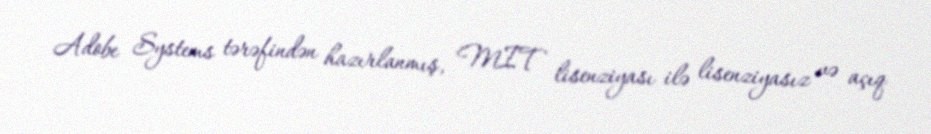
Adobe Systems tərəfindən hazırlanmış, MIT lisenziyası ilə lisenziyasız və açıq